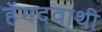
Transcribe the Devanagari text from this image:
हेंमदवाथी